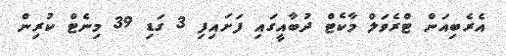
އެރެބިއަން ޓްރެވަލް މާކެޓް ދުބާއީގައި ފަށައިފި 3 ގަޑި 39 މިނެޓް ކުރިން